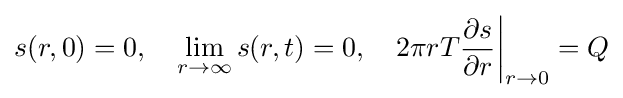
s(r,0)=0,\quad \lim _{r\to \infty }s(r,t)=0,\quad 2\pi rT{\partial s \over \partial r}{\bigg |}_{r\to 0}=Q